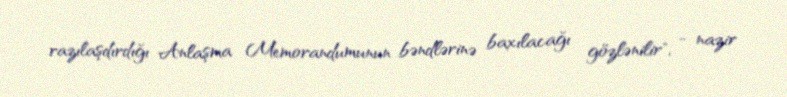
razılaşdırdığı Anlaşma Memorandumunun bəndlərinə baxılacağı gözlənilir", - nazir